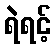
ရဲရင့်